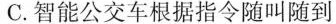
C.智能公交车根据指令随叫随到